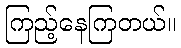
ကြည့်နေကြတယ်။